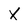
Character: X